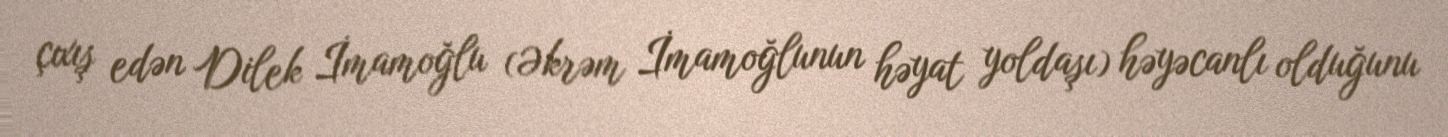
çıxış edən Dilek İmamoğlu (Əkrəm İmamoğlunun həyat yoldaşı) həyəcanlı olduğunu